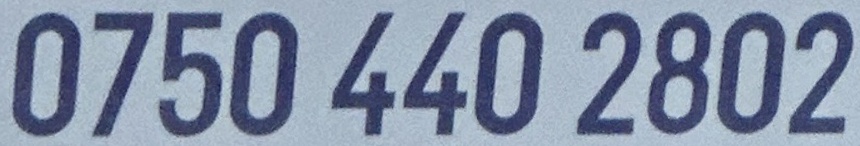
0750 440 2802